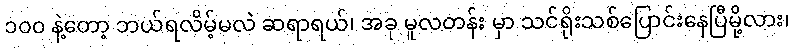
၁၀၀ နဲ့တော့ ဘယ်ရလိမ့်မလဲ ဆရာရယ်၊ အခု မူလတန်း မှာ သင်ရိုးသစ်ပြောင်းနေပြီမို့လား၊